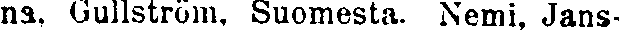
na, Gullström. Suomesta. Nemi, Jans-